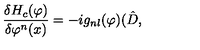
\frac { \delta H _ { c } ( \varphi ) } { \delta \varphi ^ { n } ( x ) } = - i g _ { n l } ( \varphi ) ( \hat { D } ,